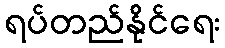
ရပ်တည်နိုင်ရေး